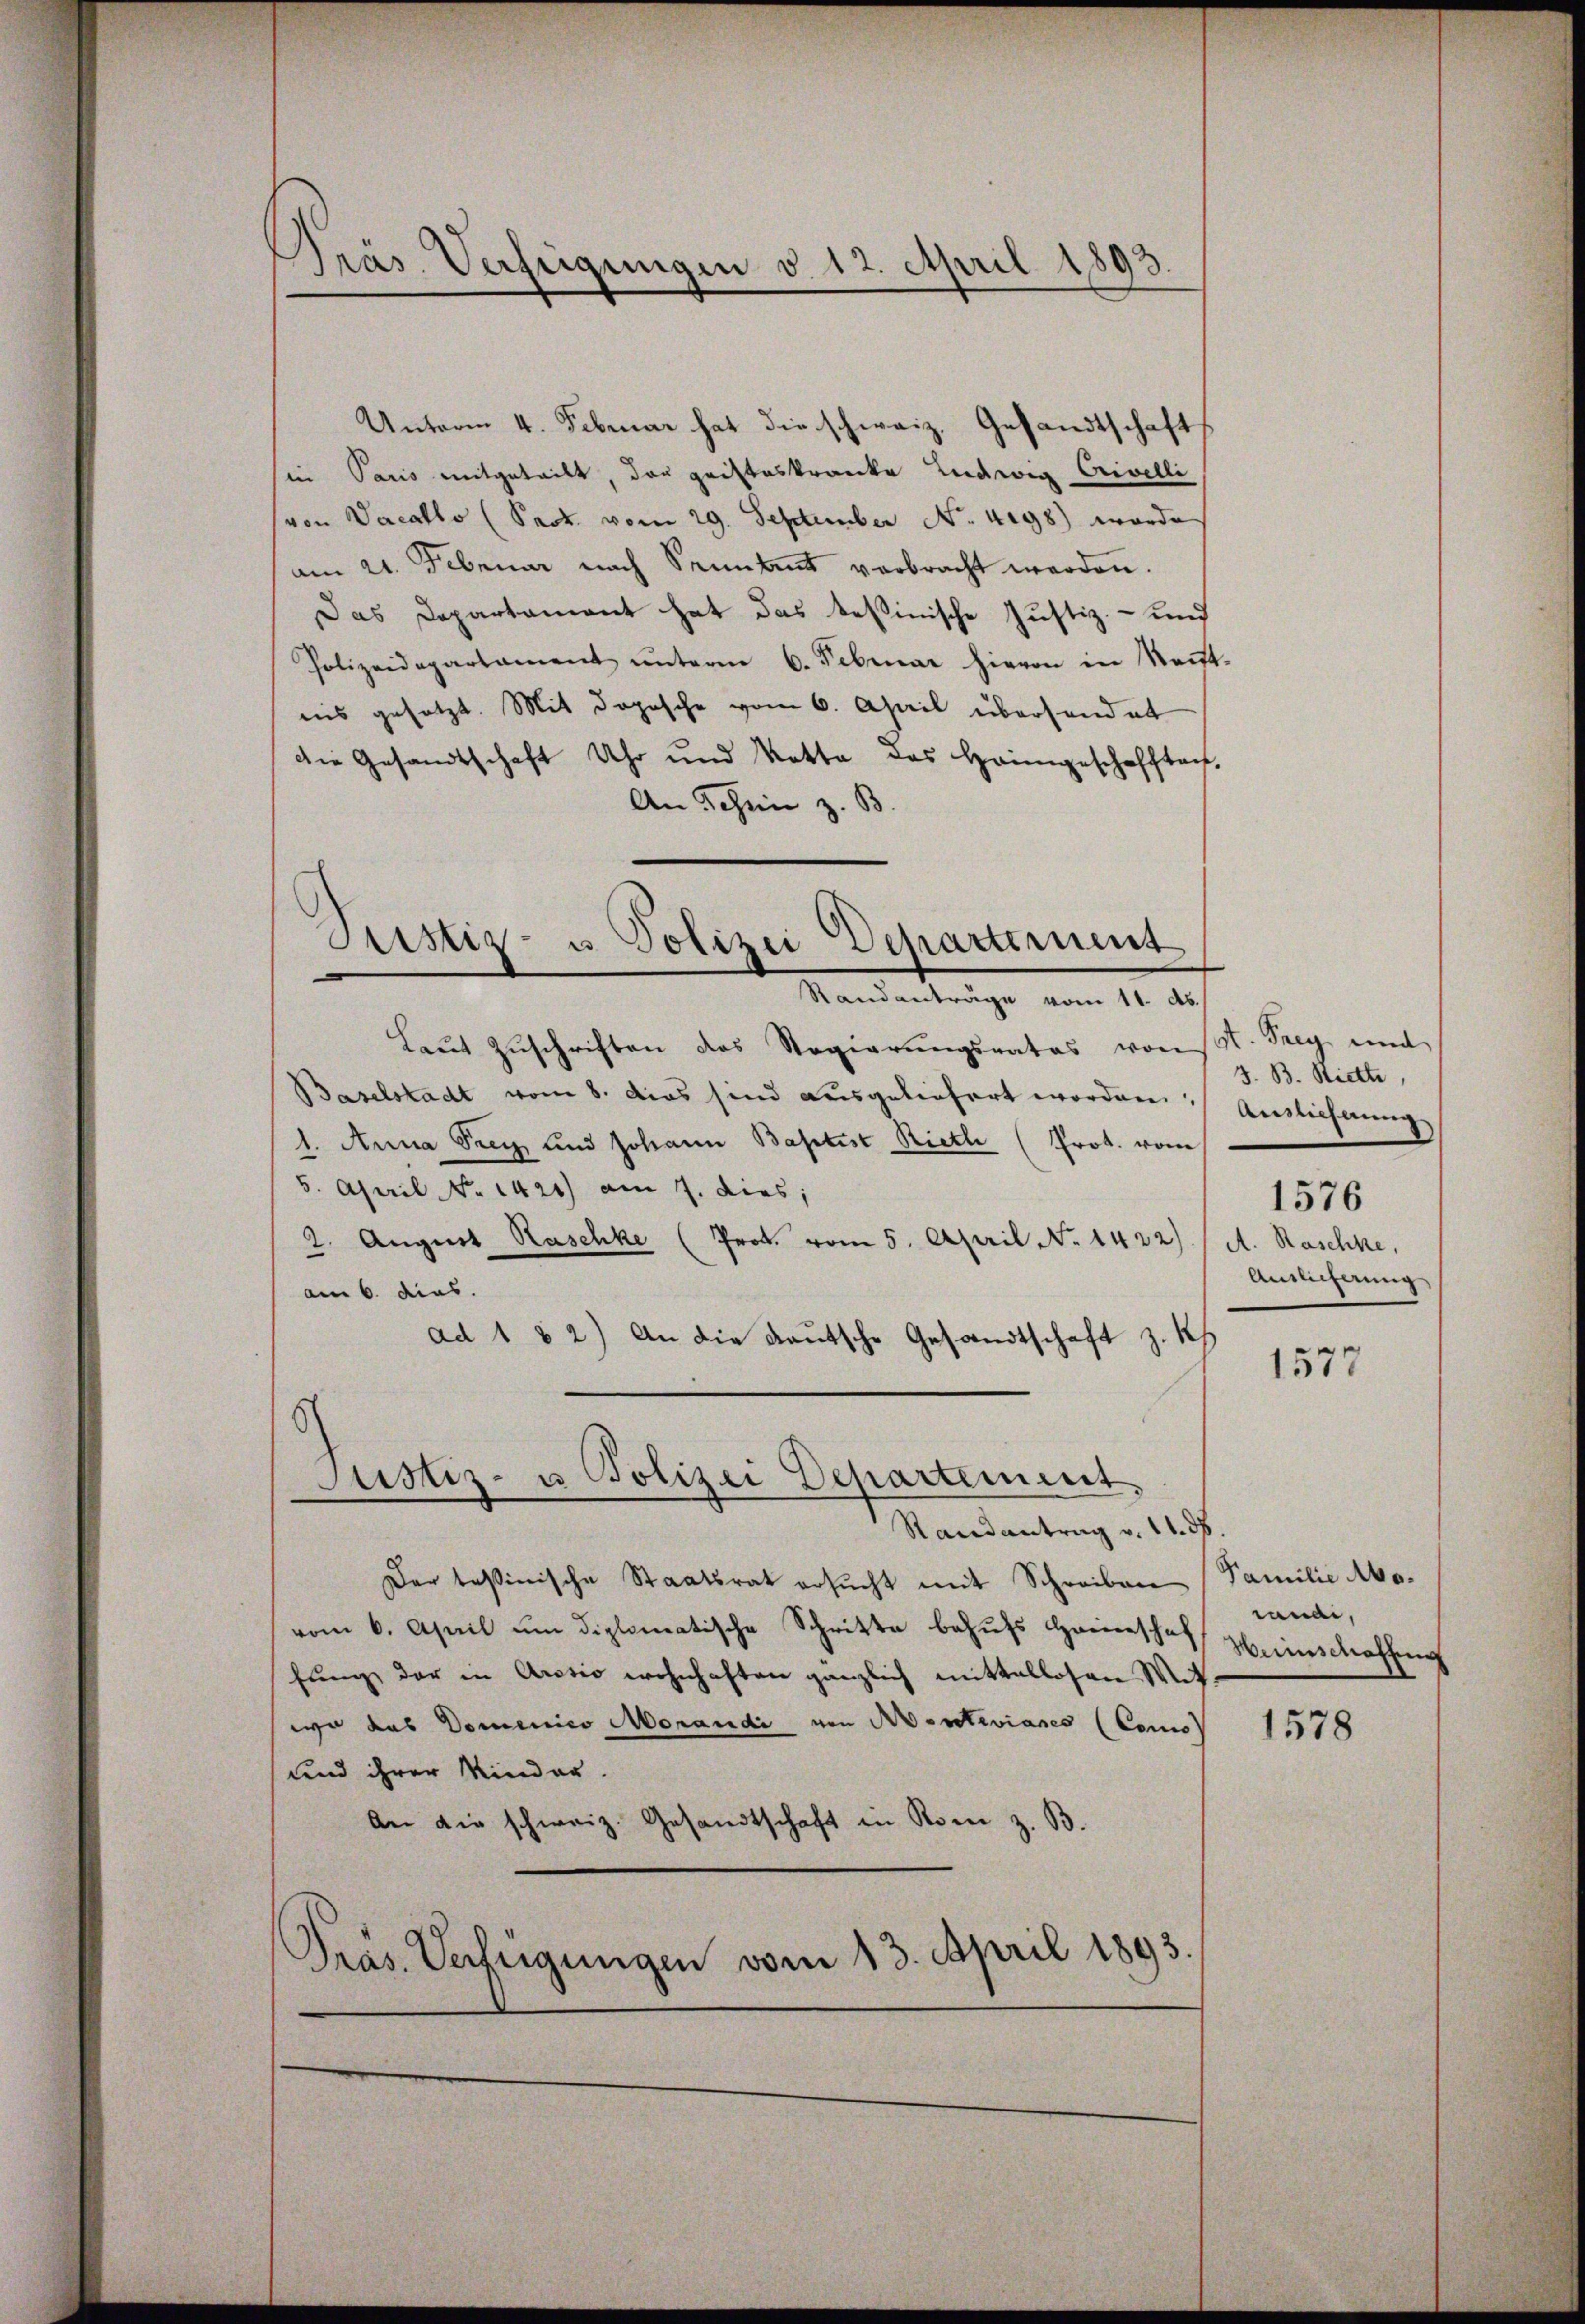
Präs. Verfügungen v. 12. April 1893

Unterm 4. Februar hat die schweiz. Gesandtschaft
sin Paris mitgeteilt, das griffeskranke Ludwig Crivelli
(von Vacatto (Sack vom 29. September No. 4198) wurde
am 21. Februar nach Seiten verbracht werden.
Das Departament hat das tessinische Justiz- und
Polizeidepartament ŭnterm 6. Februar hievon in kant.
iis gesetzt. Mit dopesche vom 6. April überhandet
die Gesandtschaft Uhr und Vatte des Heimgeschafften,
An Schen z. B.
Justiz- u. Polizei Departement
Randanträge vom 11. d.
Laŭt Zŭschriften das Regierŭngsrates von st. Sieg und
Baselstadt vom 8. dies sind ausgeliefert worden. Auslieferung
1. Anna Frey und Johann Baptist Rieth (Prot. von
5. April No 1421) am 7. dies;
2. August Raschke (Prok. vom 5. April No 1432) / A. Raschke,
am 6. dies.
ad 1 & 2) An die Kautsche Gesandtschaft z. K
6

Justiz- u Polizei Departement,

Randantrag v. 11. ds.
Der tessinische Staatsrat ersŭcht mit Schreiben
vom 6. April um diplomatische Schritte behufs Hinschaf Heinschaffung
fŭng der in Arosio wohnhaften gänzlich mittellosen Mit-
wo das Domenico Morandi von Aeneviares (Como
und ihrer Kinder.
An die schweiz. Gesandtschaft in Rom z. B.
Präs. Verfügungen vom 13. April 1893.

J. B. Riette,
1576
Antlicherung

1577

Familie Aborandi,

1578